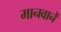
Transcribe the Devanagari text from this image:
मानवानें